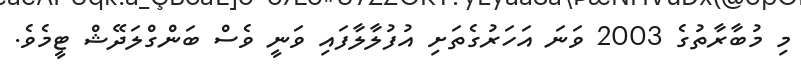
މި މުބާރާތުގެ 2003 ވަނަ އަހަރުގެތަށި އުފުލާލާފައި ވަނީ ވެސް ބަންގްލަދޭޝް ޓީމެވެ.